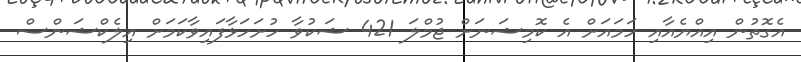
އެގޮތުން އިއްޔެއާއި ހަމައަށް އެ ކޮމިޝަނަށް ޖުމްލަ 421 ޝަކުވާ ހުށަހަޅާފައިވާކަމަށް އިލެކްޝަންސް